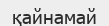
қайнамай